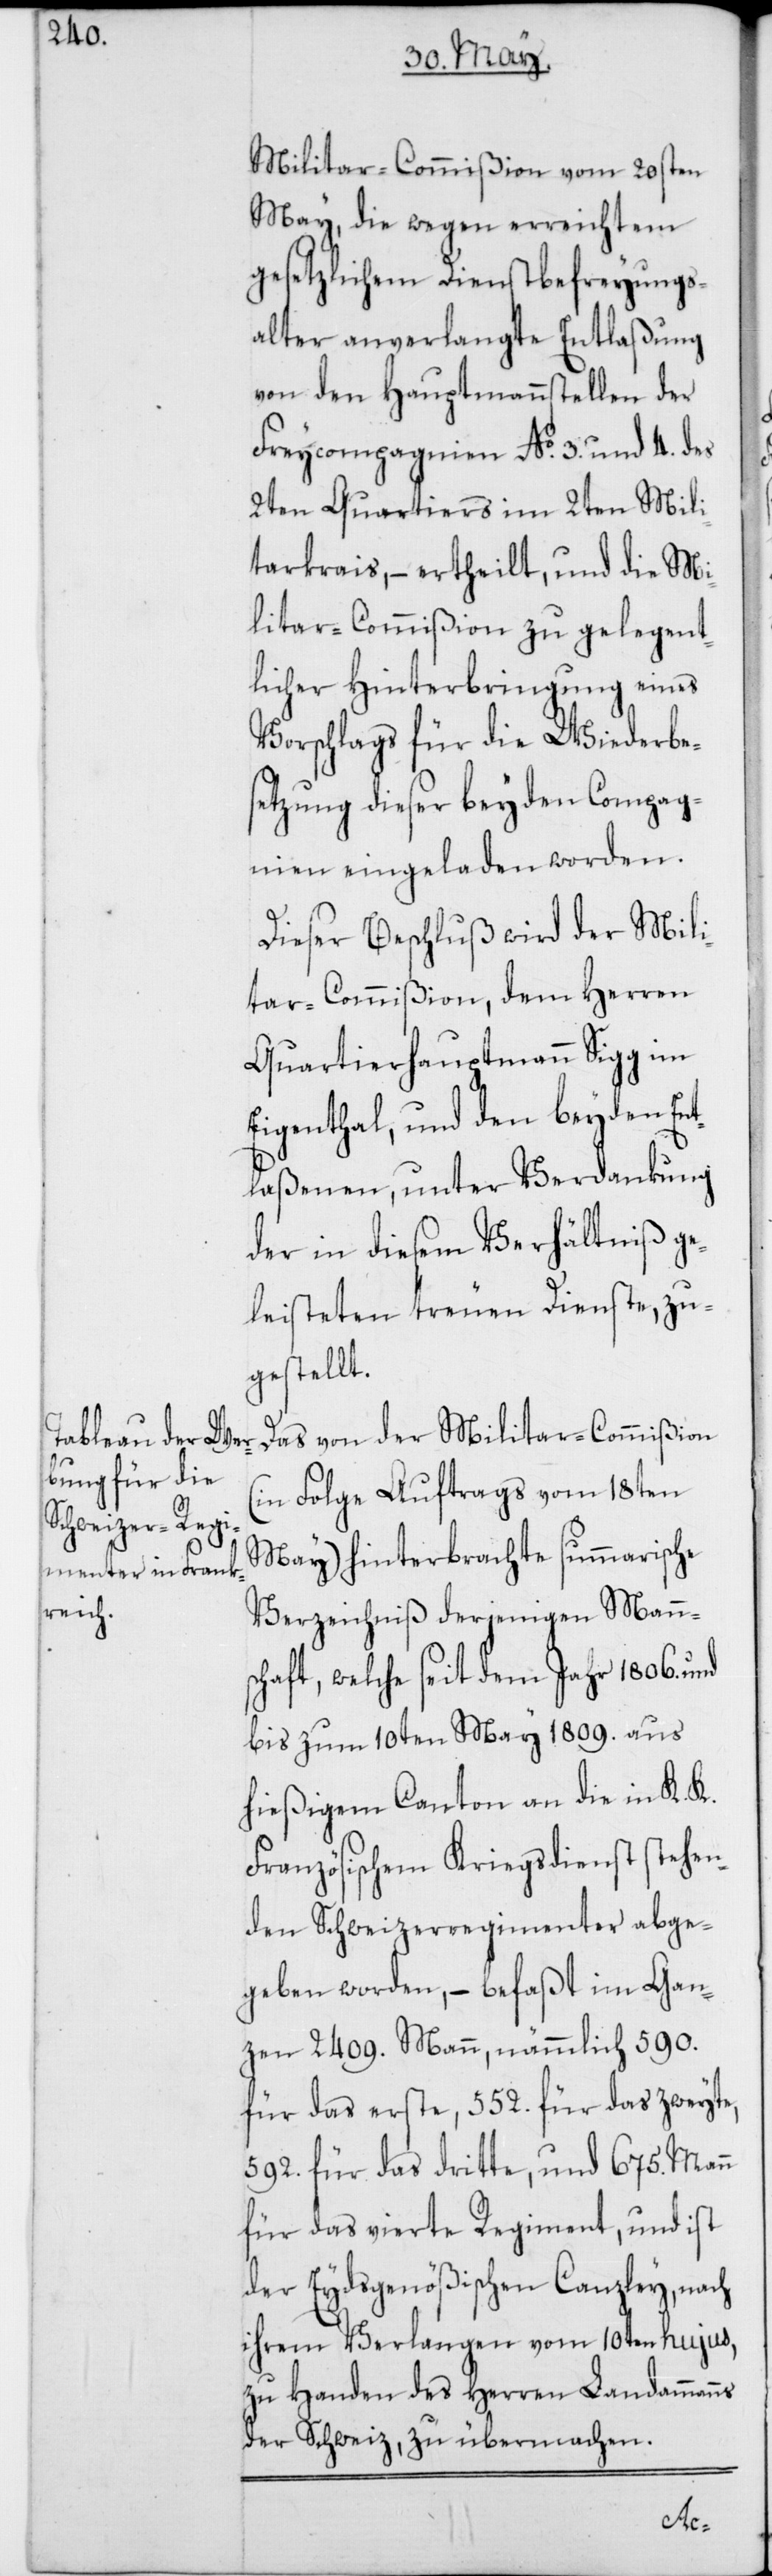
Militar-Commißion vom 20sten
May, die wegen erreichtem
gesetzlichem Dienstbefreyungs¬
alter anverlangte Entlaßung
von den Hauptmannsstellen der
Freycompagnien No 3. und 4. des
2ten Quartiers im 2ten Mili¬
tairkreis, – ertheilt, und die Mi¬
litar-Commißion zu gelegent¬
licher Hinterbringung eines
Vorschlags für die Wiederbe¬
setzung dieser beyden Compag¬
nien eingeladen worden.
Dieser Beschluß wird der Mil¬
tar-Commißion, dem Herren
Quartierhauptmann Sigg im
Eigenthal, und den beyden Ent¬
laßenen, unter Verdankung
der in diesem Verhältniß ge¬
leisteten treuen Dienste, zu¬
gestellt.
Das von der Militar-Commißion
(in Folge Auftrags vom 18ten
May) hinterbrachte summarische
Verzeichniß derjenigen Manns¬
chaft, welche seit dem Jahr 1806. und
bis zum 10ten May 1809. aus
hießigem Canton an die in K. K.
Französischem Kriegsdienst stehen¬
den Schweizerregimenter abge¬
geben worden, – befaßt im Gan¬
zen 2409. Mann, nämmlich 590.
für das erste, 552. für das zweyte,
592. für das dritte, und 675. Mann
für das vierte Regiment, und ist
der Eydsgenößischen Canzley, nach
ihrem Verlangen vom 10ten hujus,
zu Handen des Herren Landammanns
der Schweiz, zu übermachen.